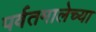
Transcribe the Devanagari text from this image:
पर्वतमालेच्या